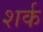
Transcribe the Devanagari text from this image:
शर्क